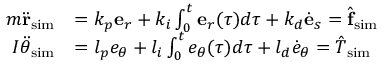
\begin{array} { r l } { m \ddot { \bf r } _ { \mathrm { s i m } } } & { = k _ { p } { \bf e } _ { r } + k _ { i } \int _ { 0 } ^ { t } { \bf e } _ { r } ( \tau ) d \tau + k _ { d } \dot { \bf e } _ { s } = \hat { \bf f } _ { \mathrm { s i m } } } \\ { I \ddot { \theta } _ { \mathrm { s i m } } } & { = l _ { p } { e } _ { \theta } + l _ { i } \int _ { 0 } ^ { t } { e } _ { \theta } ( \tau ) d \tau + l _ { d } \dot { e } _ { \theta } = \hat { T } _ { \mathrm { s i m } } } \end{array}